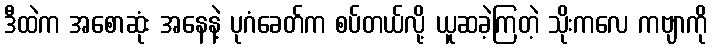
ဒီထဲက အစောဆုံး အနေနဲ့ ပုဂံခေတ်က စပ်တယ်လို့ ယူဆခဲ့ကြတဲ့ သိုးကလေ ကဗျာကို